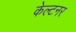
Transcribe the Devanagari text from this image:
केल्टनर